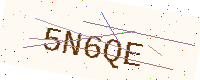
Text: 5N6QE